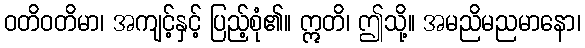
ဝတိဝတိမာ၊ အကျင့်နှင့် ပြည့်စုံ၏။ ဣတိ၊ ဤသို့။ အမညိမညမာနော၊